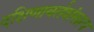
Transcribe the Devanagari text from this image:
दक्षिणावर्तशंखाय